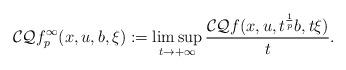
LaTeX: \begin{align*} \mathcal{CQ}f_p^\infty(x,u,b,\xi):=\limsup_{t \to + \infty}\frac{\mathcal{CQ}f(x,u,t^{\frac{1}{p}}b,t\xi)}{t}.\end{align*}